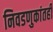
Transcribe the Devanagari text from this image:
निवडणुकांतही